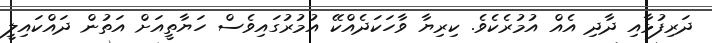
ދަރިފުޅާއި ދާދި އެއް އުމުރެކެވެ. ކިރިޔާ ވާހަކަދެއްކޭ އުމުރުގައިވެސް ހަޔާތީއަށް އަތުން ދައްކައިލީ